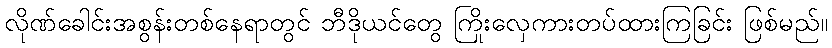
လိုဏ်ခေါင်းအစွန်းတစ်နေရာတွင် ဘီဒိုယင်တွေ ကြိုးလှေကားတပ်ထားကြခြင်း ဖြစ်မည်။